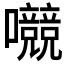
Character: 𱕳